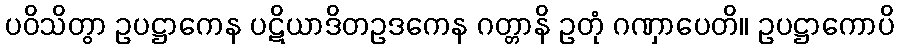
ပဝိသိတွာ ဥပဋ္ဌာကေန ပဋိယာဒိတဥဒကေန ဂတ္တာနိ ဥတုံ ဂဏှာပေတိ။ ဥပဋ္ဌာကောပိ